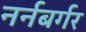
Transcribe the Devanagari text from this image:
नर्नबर्गर